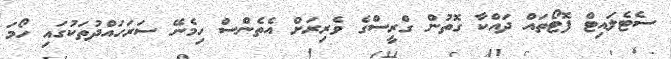
ސެޓެލައިޓް ފޮޓޯތައް ދައްކާ ގޮތުން ގްރީސްގެ ވެރިރަށް އެތެންސް ހިމެނޭ ސަރަހައްދުތަކުގައި ހޯމަ